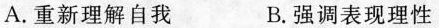
A.重新理解自我 B.强调表现理性